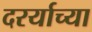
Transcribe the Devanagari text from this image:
दरर्याच्या